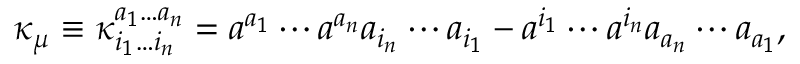
\kappa _ { \mu } \equiv \kappa _ { i _ { 1 } \ldots i _ { n } } ^ { a _ { 1 } \ldots a _ { n } } = a ^ { a _ { 1 } } \cdots a ^ { a _ { n } } a _ { i _ { n } } \cdots a _ { i _ { 1 } } - a ^ { i _ { 1 } } \cdots a ^ { i _ { n } } a _ { a _ { n } } \cdots a _ { a _ { 1 } } ,